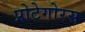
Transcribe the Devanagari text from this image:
प्रोटेगोरस